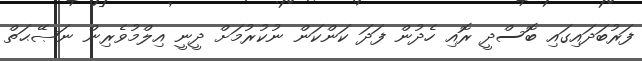
ފަރުބަދައިގައި ބޮސްދީ ރޮއި ހެދުން ފަދަ ކަންކަން ނުކުރުމަށް ދީނީ އިލްމުވެރިން ނަޞޭޙަތް